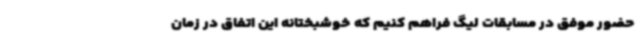
حضور موفق در مسابقات لیگ فراهم کنیم که خوشبختانه این اتفاق در زمان